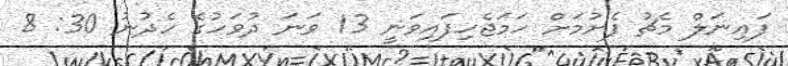
ފައިނަލް މެޗު ފެށުމަށް ހަމަޖެހިފައިވަނީ 13 ވަނަ ދުވަހުގެ ހެދުނު 30: 8